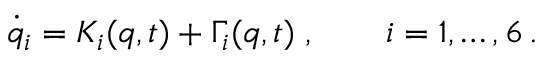
\dot { q } _ { i } = K _ { i } ( \boldsymbol { q } , t ) + \Gamma _ { i } ( \boldsymbol { q } , t ) \; , \qquad i = 1 , \ldots , 6 \, .